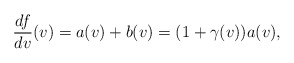
\begin{align*} \frac{df}{dv}(v)=a(v)+b(v)=(1+\gamma(v))a(v),\end{align*}